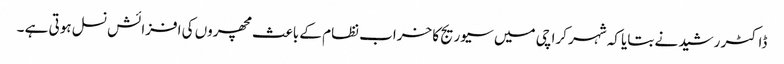
ڈاکٹر رشید نے بتایا کہ شہر کرا چی میں سیوریج کا خراب نظام کے باعث مچھروں کی افزائش نسل ہوتی ہے ۔